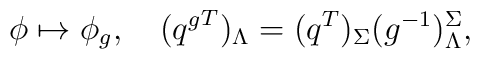
\phi\mapsto \phi_g, \quad ({q^g}^T)_\Lambda= (q^T)_\Sigma (g^{-1})^\Sigma_\Lambda,